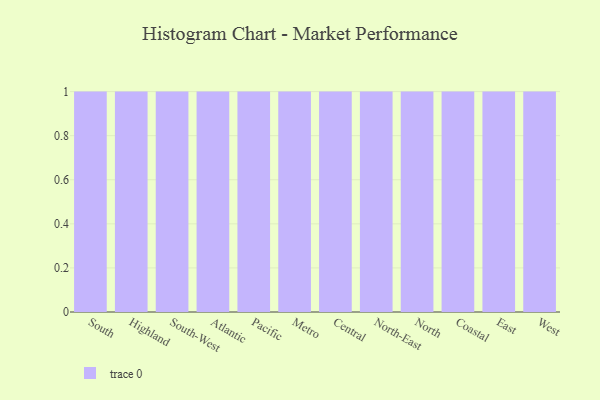
{"axis": {"x": "Region", "y": "Demand Index"}, "legend": [""], "data": [{"x": "South", "y": 42, "type": ""}, {"x": "Highland", "y": 42, "type": ""}, {"x": "South-West", "y": 14, "type": ""}, {"x": "Atlantic", "y": 15, "type": ""}, {"x": "Pacific", "y": 61, "type": ""}, {"x": "Metro", "y": 55, "type": ""}, {"x": "Central", "y": 2, "type": ""}, {"x": "North-East", "y": 92, "type": ""}, {"x": "North", "y": 57, "type": ""}, {"x": "Coastal", "y": 19, "type": ""}, {"x": "East", "y": 17, "type": ""}, {"x": "West", "y": 74, "type": ""}]}